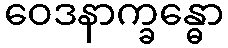
ဝေဒနာက္ခန္ဓော